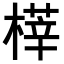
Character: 𣘘